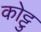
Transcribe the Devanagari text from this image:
कोट्टु